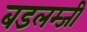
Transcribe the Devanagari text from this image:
बडलम्जी